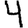
Digit: 4